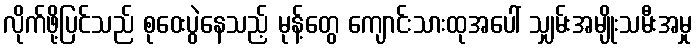
လိုက်ဖို့ပြင်သည် စုဝေးပွဲနေသည့် မုန့်တွေ ကျောင်းသားထုအပေါ် သျှမ်းအမျိုးသမီးအမှု